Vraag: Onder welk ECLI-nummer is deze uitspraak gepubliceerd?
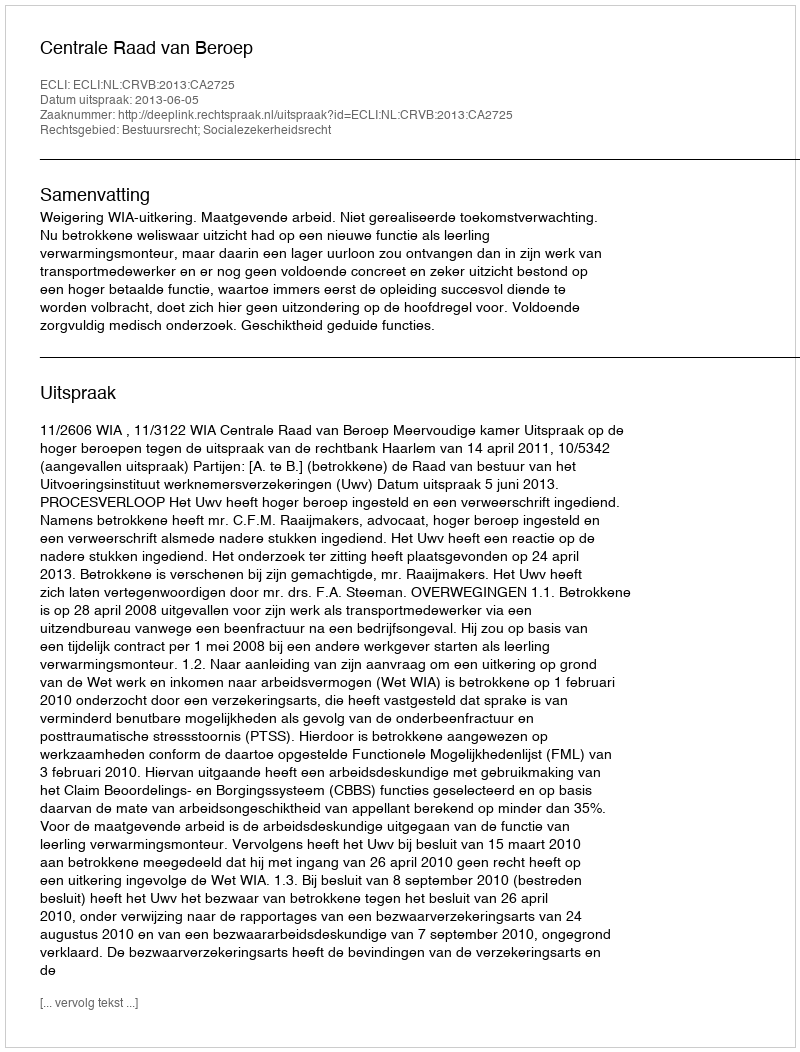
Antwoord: ECLI:NL:CRVB:2013:CA2725